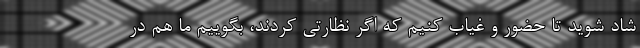
شاد شوید تا حضور و غیاب کنیم که اگر نظارتی کردند، بگوییم ما هم در